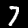
Label: 7